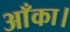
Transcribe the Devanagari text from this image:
आँका।